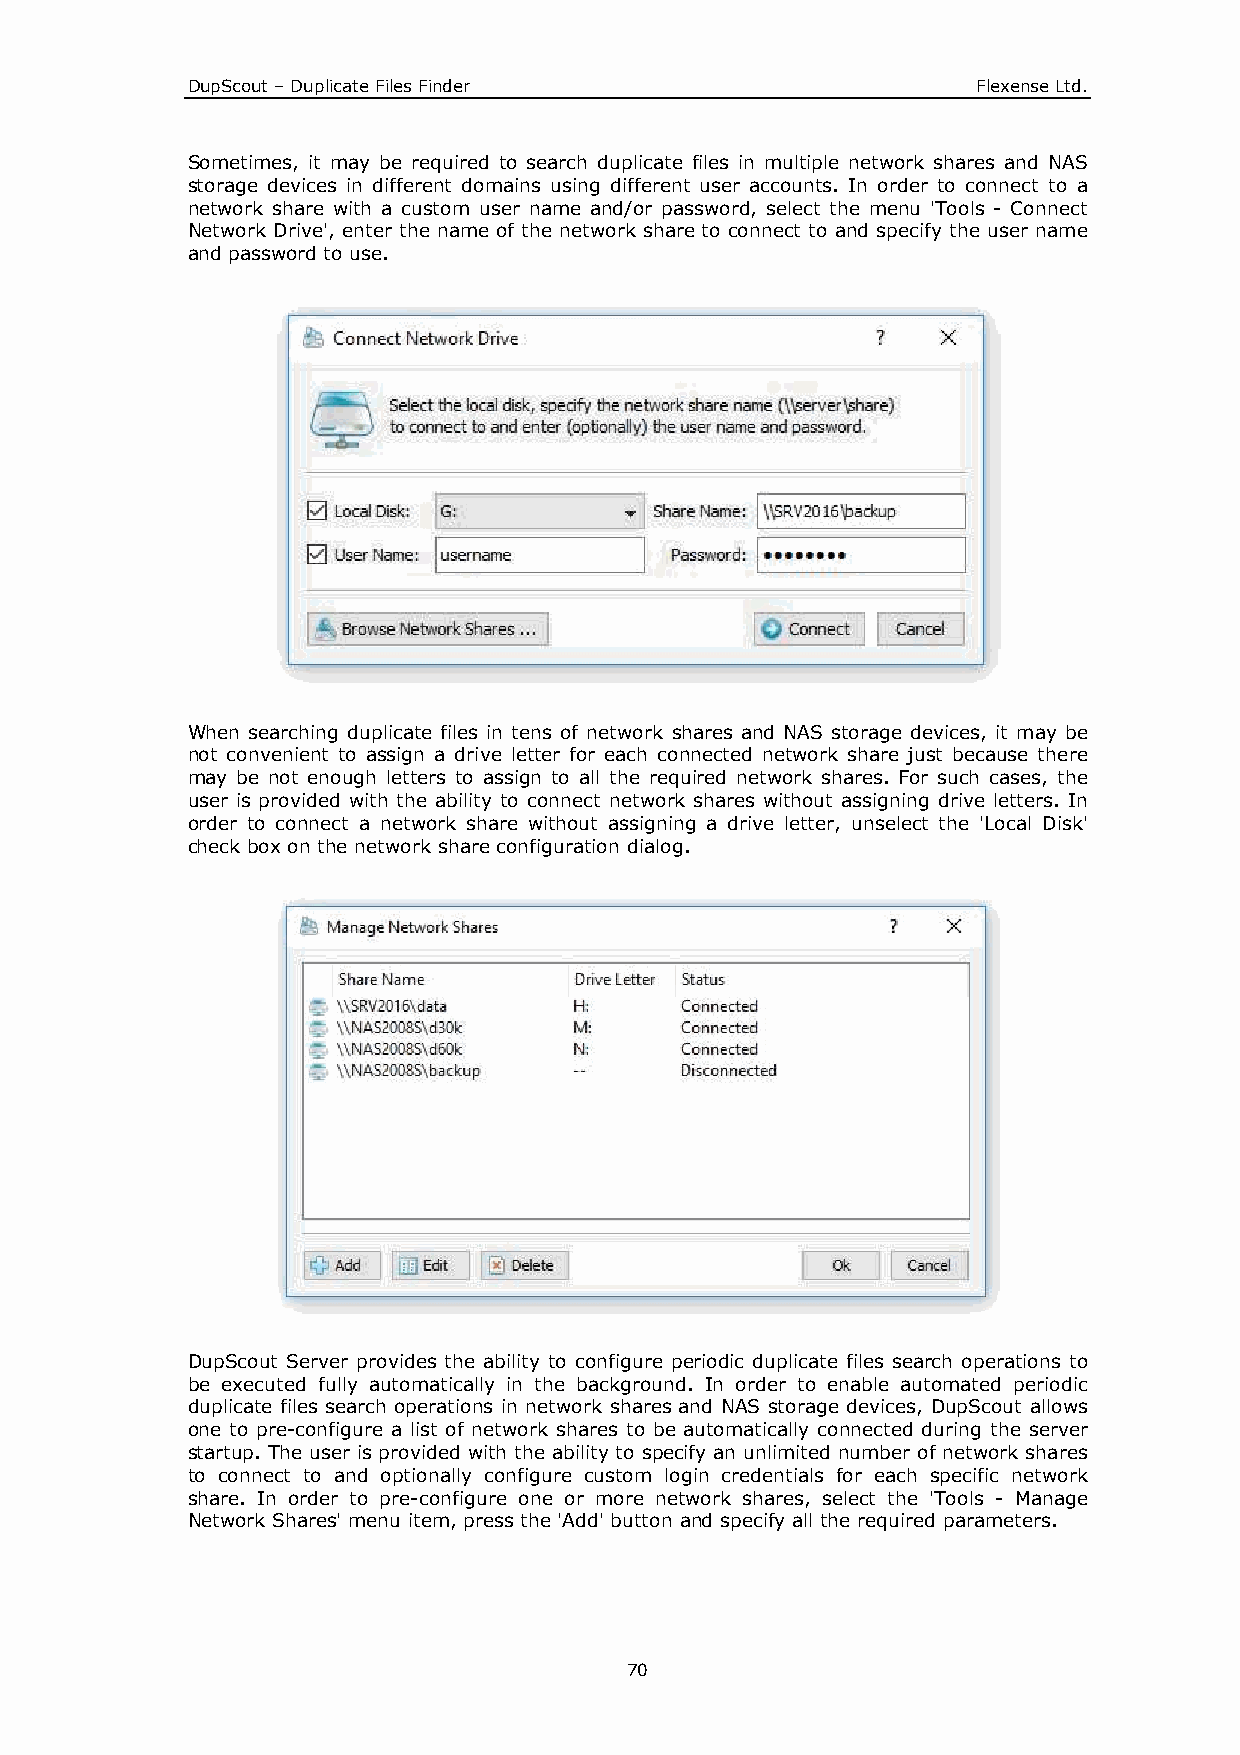
DupScout – Duplicate Files Finder                    Flexense Ltd.
 Sometimes, it may be required to search duplicate files in multiple network shares and NAS
 storage devices in different domains using different user accounts. In order to connect to a
 network share with a custom user name and/or password, select the menu 'Tools - Connect
 Network Drive', enter the name of the network share to connect to and specify the user name
 and password to use.
 When searching duplicate files in tens of network shares and NAS storage devices, it may be
 not convenient to assign a drive letter for each connected network share just because there
 may be not enough letters to assign to all the required network shares. For such cases, the
 user is provided with the ability to connect network shares without assigning drive letters. In
 order to connect a network share without assigning a drive letter, unselect the 'Local Disk'
 check box on the network share configuration dialog.
 DupScout Server provides the ability to configure periodic duplicate files search operations to
 be executed fully automatically in the background. In order to enable automated periodic
 duplicate files search operations in network shares and NAS storage devices, DupScout allows
 one to pre-configure a list of network shares to be automatically connected during the server
 startup. The user is provided with the ability to specify an unlimited number of network shares
 to connect to and optionally configure custom login credentials for each specific network
 share. In order to pre-configure one or more network shares, select the 'Tools - Manage
 Network Shares' menu item, press the 'Add' button and specify all the required parameters.
 70